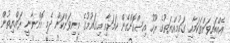
އެއްބައިވަންތަކަމާއި ގައުމިއްޔަތުގެ ރޫހު އިސްކޮށްގެން ކަމަށާއި މިގައުމުގެ މިނިވަންކަން ދެމި އޮންނާނީ ރައްޔިތުން